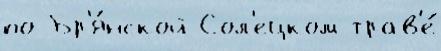
по Бр'я́нской Сол'ецком трав'е́